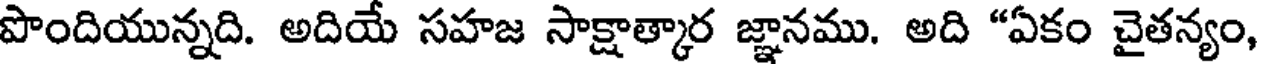
పొందియున్నది. అదియే సహజ సాక్షాత్కార జ్ఞానము. అది "ఏకం చైతన్యం,